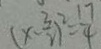
( x - \frac { 3 } { 2 } ) ^ { 2 } = \frac { 1 7 } { 4 }